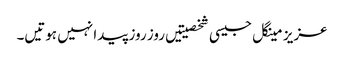
عزیز مینگل جیسی شخصیتیں روز روز پیدا نہیں ہوتیں۔